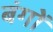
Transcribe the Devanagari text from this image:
बंगों